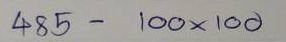
485 - 100 x 100